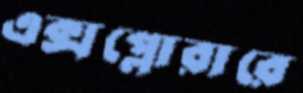
এক্সপ্লোরারে